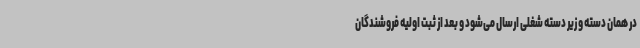
در همان دسته و زیر دسته شغلی ارسال می‌شود و بعد از ثبت اولیه فروشندگان